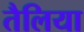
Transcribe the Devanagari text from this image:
तैलिया